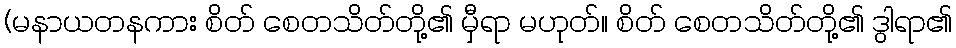
(မနာယတနကား စိတ် စေတသိတ်တို့၏ မှီရာ မဟုတ်။ စိတ် စေတသိတ်တို့၏ ဒွါရာ၏